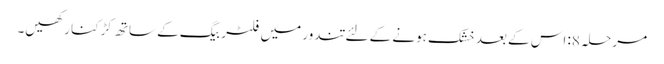
مرحلہ 8: اس کے بعد خشک ہونے کے لئے تندور میں فلٹر بیگ کے ساتھ کڑکنا رکھیں۔